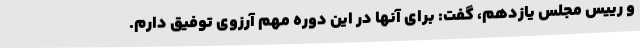
و رییس مجلس یازدهم، گفت: برای آنها در این دوره مهم آرزوی توفیق دارم.